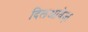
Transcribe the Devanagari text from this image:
दिलआवेज़